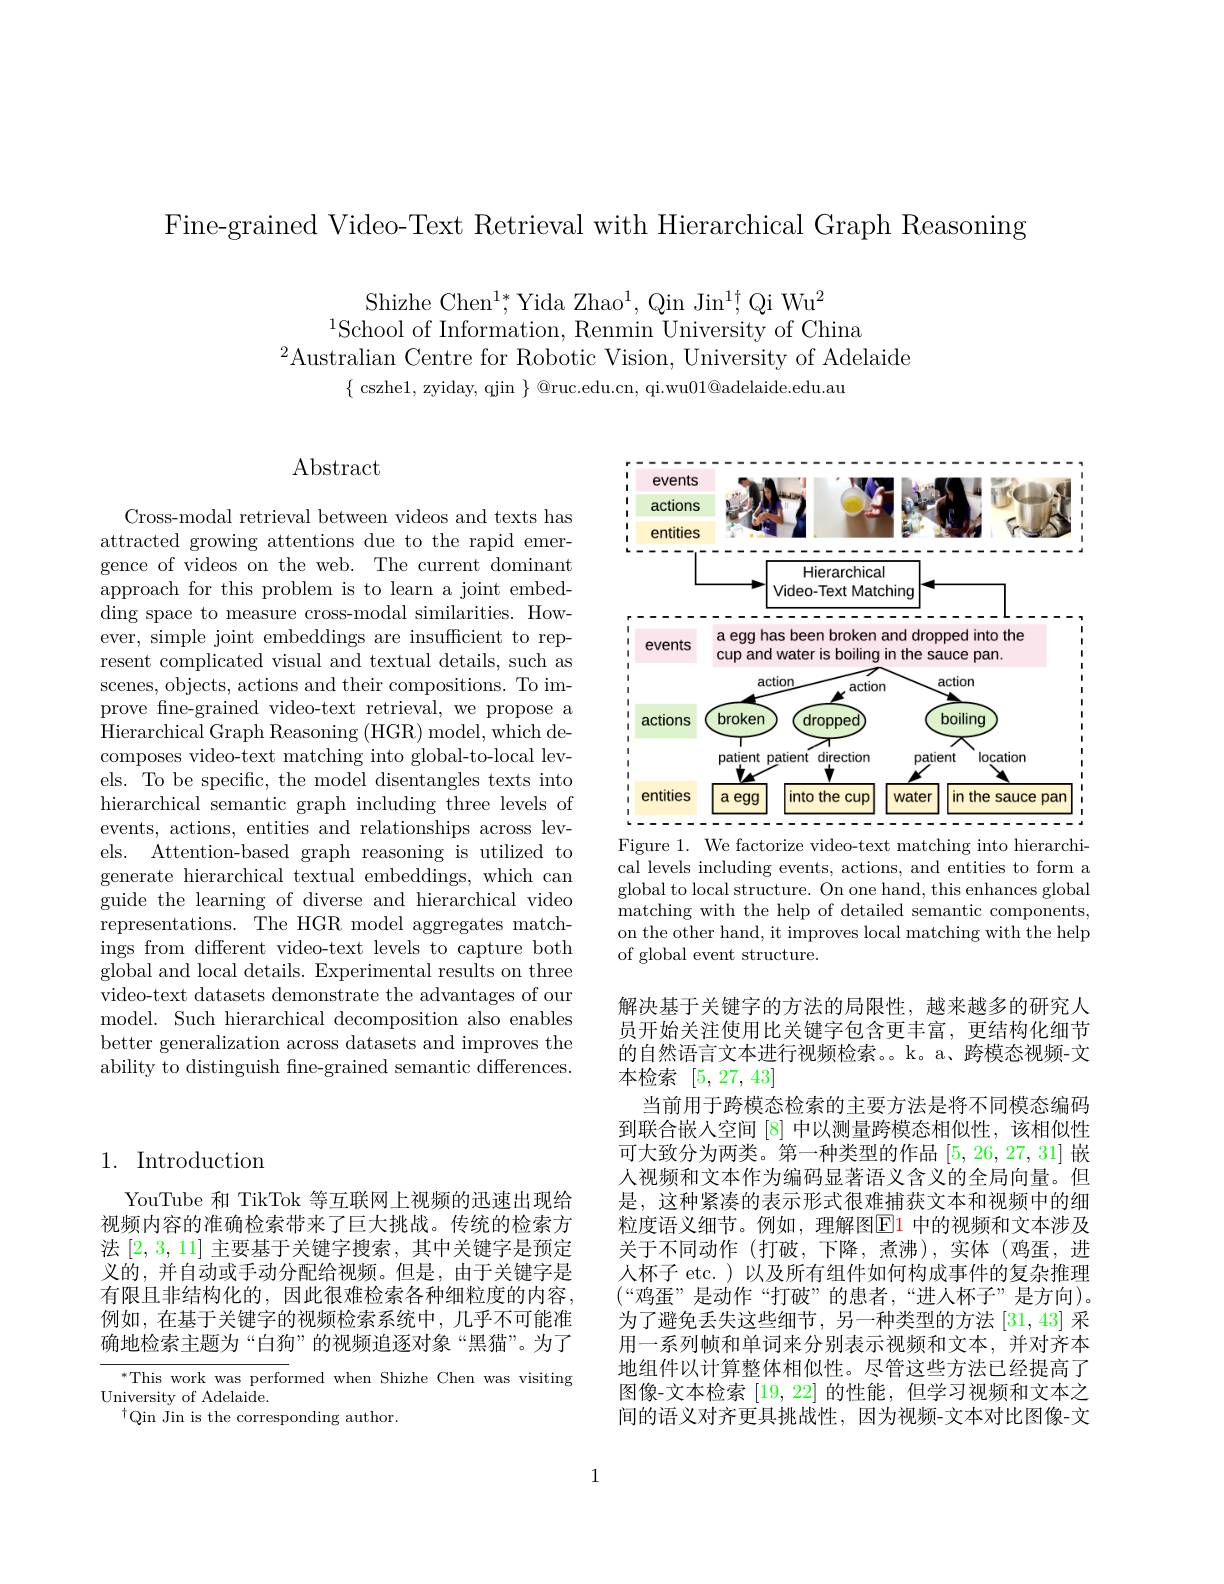
Fine-grained Video-Text Retrieval with Hierarchical Graph Reasoning

Shizhe Chen$^1*,\mathrm{YidaZhao}^{1},\mathrm{QinJin}^{1\dagger},\mathrm{QiWu}^{2}$
$^{1}$School of Information, Renmin University of China
$^2$Australian Centre for Robotic Vision, University of Adelaide
$\{$ cszhe1, zyiday, qjin $\}$ @ruc.edu.cn, qi.wu$01@$adelaide.edu.au

# 1. Introduction

YouTube 和 TikTok 等互联网上视频的迅速出现给视频内容的准确检索带来了巨大挑战。传统的检索方法[2,3,11]主要基于关键字搜索，其中关键字是预定义的，并自动或手动分配给视频。但是，由于关键字是有限且非结构化的，因此很难检索各种细粒度的内容， 例如，在基于关键字的视频检索系统中，几乎不可能准确地检索主题为“白狗”的视频追逐对象“黑猫”。为了

$^{*}$This work was performed when Shizhe Chen was visiting
University of Adelaide.
$^{\dagger}$Qin Jin is the corresponding author.

$\operatorname{Abstract}$

Cross-modal retrieval between videos and texts has attracted growing attentions due to the rapid emergence of videos on the web. The current dominant approach for this problem is to learn a joint embedding space to measure cross-modal similarities. However, simple joint embeddings are insufficient to represent complicated visual and textual details, such as scenes, objects, actions and their compositions. To improve fine-grained video-text retrieval, we propose a Hierarchical Graph Reasoning ( HGR) model, which de- composes video-text matching into global-to-local levels. To be specific, the model disentangles texts into hierarchical semantic graph including three levels of events, actions, entities and relationships across levels. Attention-based graph reasoning is utilized to generate hierarchical textual embeddings, which can guide the learning of diverse and hierarchical video representations. The HGR model aggregates matchings from different video-text levels to capture both global and local details. Experimental results on three video-text datasets demonstrate the advantages of our model. Such hierarchical decomposition also enables better generalization across datasets and improves the ability to distinguish fine-grained semantic differences.

<FigureHere>
Figure 1. We factorize video-text matching into hierarchi-

cal levels including events, actions, and entities to form a global to local structure. On one hand, this enhances global matching with the help of detailed semantic components, on the other hand, it improves local matching with the help of global event structure.

解决基于关键字的方法的局限性，越来越多的研究人员开始关注使用比关键字包含更丰富，更结构化细节的自然语言文本进行视频检索。。k。a、跨模态视频-文本检索[5,27,43]
当前用于跨模态检索的主要方法是将不同模态编码到联合嵌入空间[8]中以测量跨模态相似性，该相似性可大致分为两类。第一种类型的作品[5,26,27,31]嵌人视频和文本作为编码显著语义含义的全局向量。但是，这种紧凑的表示形式很难捕获文本和视频中的细粒度语义细节。例如，理解图$\boxed{\mathrm{E}}1$ 中的视频和文本涉及关于不同动作(打破，下降，煮沸),实体(鸡蛋，进人杯子 etc.)以及所有组件如何构成事件的复杂推理$(“$鸡蛋”是动作“打破”的患者，“进人杯子”是方向)。为了避免丢失这些细节，另一种类型的方法[31,43]采用一系列帧和单词来分别表示视频和文本，并对齐本地组件以计算整体相似性。尽管这些方法已经提高了图像-文本检索[19,22]的性能，但学习视频和文本之间的语义对齐更具挑战性，因为视频-文本对比图像-文

1